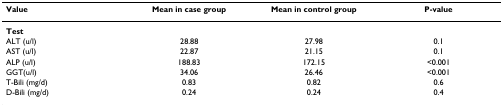
| Value | Mean in case group | Mean in control group | P-value |
 | --- | --- | --- | --- |
 | Test |  |  |  |
 | ALT (u/l) | 28.88 | 27.98 | 0.1 |
 | AST (u/l) | 22.87 | 21.15 | 0.1 |
 | ALP (u/l) | 188.83 | 172.15 | <0.001 |
 | GGT(u/l) | 34.06 | 26.46 | <0.001 |
 | T-Bili (mg/d) | 0.83 | 0.82 | 0.6 |
 | D-Bili (mg/d) | 0.24 | 0.24 | 0.4 |